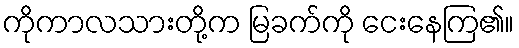
ကိုကာလသားတို့က မြခက်ကို ငေးနေကြ၏။